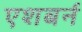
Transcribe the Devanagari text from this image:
एशबर्न